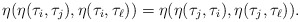
\begin{align*}\eta(\eta(\tau_i, \tau_j), \eta(\tau_i, \tau_\ell))=\eta(\eta(\tau_j, \tau_i), \eta(\tau_j, \tau_\ell)).\end{align*}